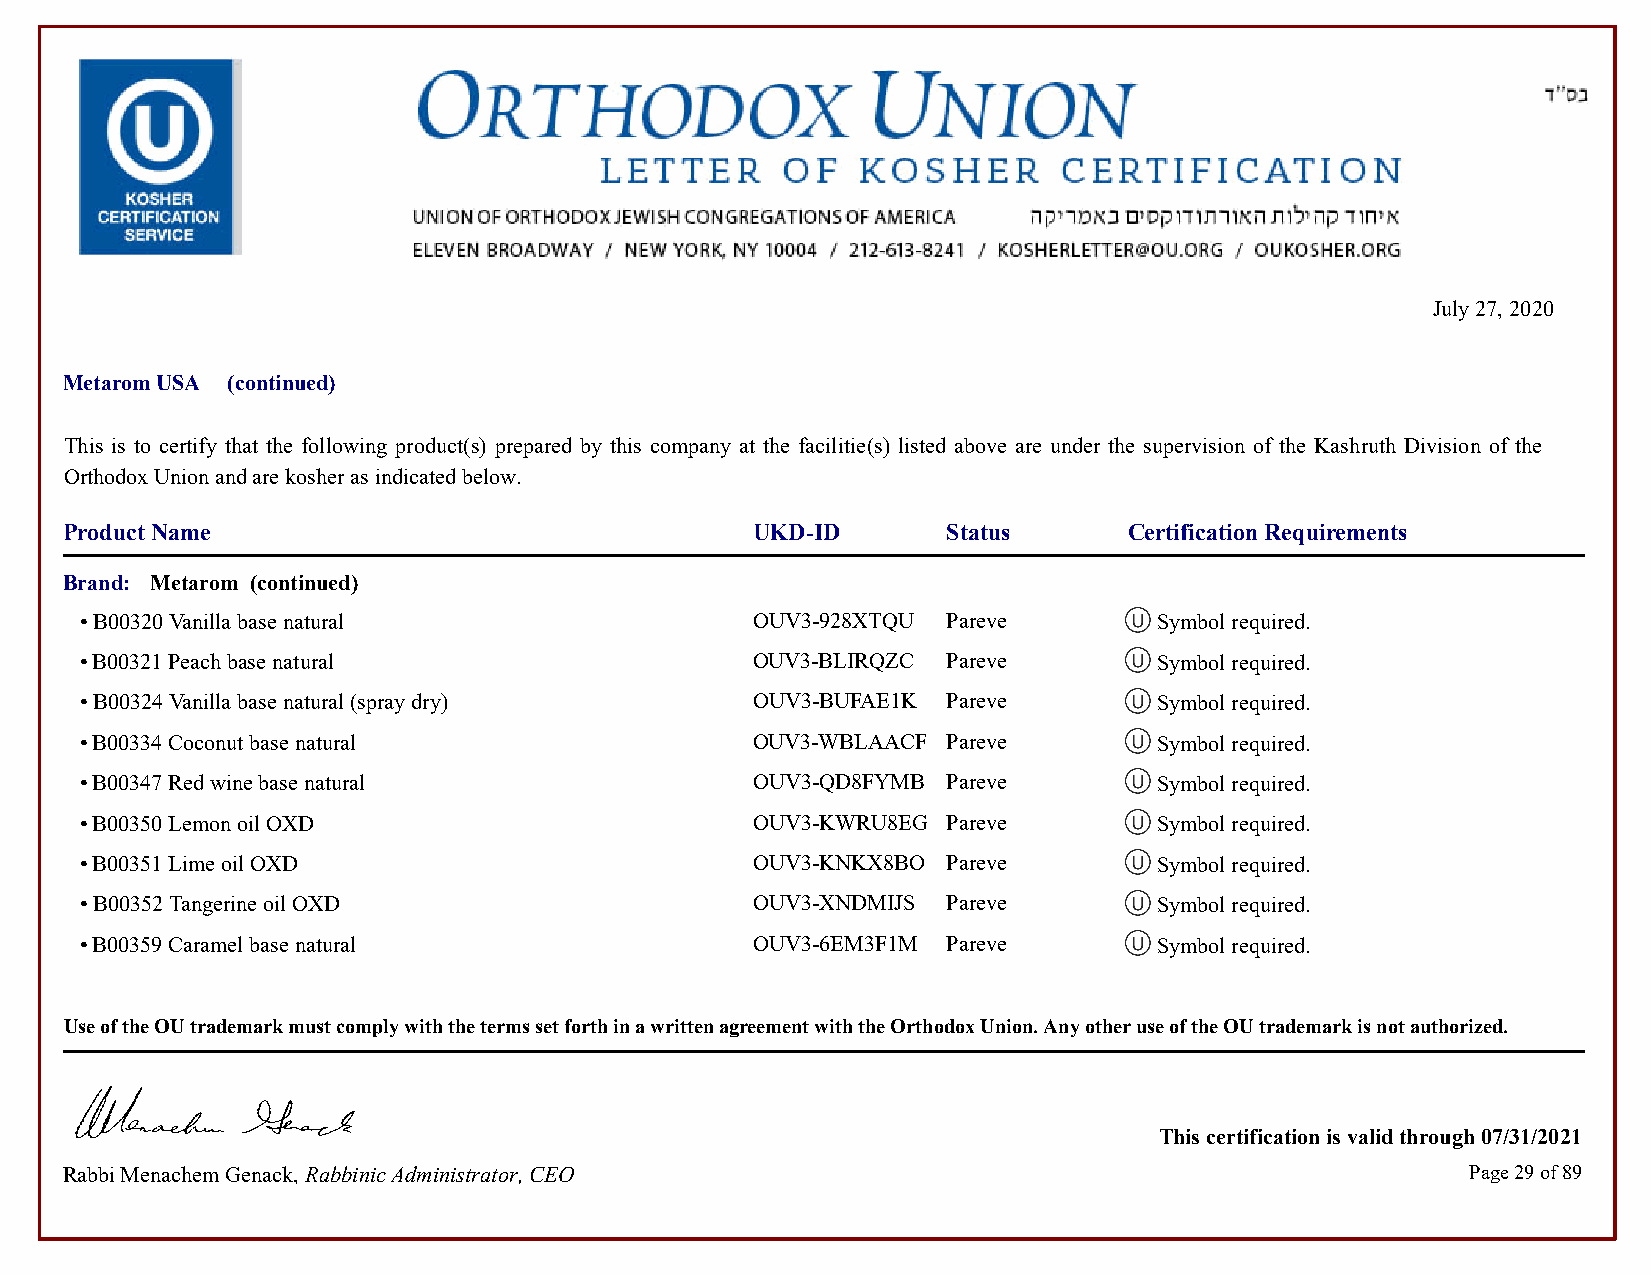
July 27, 2020
 Metarom USA (continued)
 This is to certify that the following product(s) prepared by this company at the facilitie(s) listed above are under the supervision of the Kashruth Division of the
 Orthodox Union and are kosher as indicated below.
 Product Name                                  UKD-ID       Status      Certification Requirements
 Brand: Metarom (continued)
 • B00320 Vanilla base natural                OUV3-928XTQU Pareve        Symbol required.            Symbol required.
 • B00321 Peach base natural                  OUV3-BLIRQZC Pareve        Symbol required.            Symbol required.
 • B00324 Vanilla base natural (spray dry)    OUV3-BUFAE1K Pareve        Symbol required.            Symbol required.
 • B00334 Coconut base natural                OUV3-WBLAACF Pareve        Symbol required.            Symbol required.
 • B00347 Red wine base natural               OUV3-QD8FYMB Pareve        Symbol required.            Symbol required.
 • B00350 Lemon oil OXD                       OUV3-KWRU8EG Pareve        Symbol required.            Symbol required.
 • B00351 Lime oil OXD                        OUV3-KNKX8BO Pareve        Symbol required.            Symbol required.
 • B00352 Tangerine oil OXD                   OUV3-XNDMIJS Pareve        Symbol required.            Symbol required.
 • B00359 Caramel base natural                OUV3-6EM3F1M Pareve        Symbol required.            Symbol required.
 Use of the OU trademark must comply with the terms set forth in a written agreement with the Orthodox Union. Any other use of the OU trademark is not authorized.
 This certification is valid through 07/31/2021
 Rabbi Menachem Genack, Rabbinic Administrator, CEO                                           Page 29 of 89